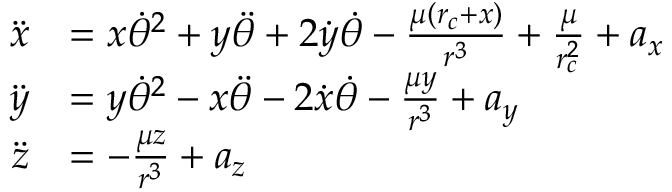
\begin{array} { r l } { \ddot { x } } & { = x \dot { \theta } ^ { 2 } + y \ddot { \theta } + 2 \dot { y } \dot { \theta } - \frac { \mu ( r _ { c } + x ) } { r ^ { 3 } } + \frac { \mu } { r _ { c } ^ { 2 } } + a _ { x } } \\ { \ddot { y } } & { = y \dot { \theta } ^ { 2 } - x \ddot { \theta } - 2 \dot { x } \dot { \theta } - \frac { \mu y } { r ^ { 3 } } + a _ { y } } \\ { \ddot { z } } & { = - \frac { \mu z } { r ^ { 3 } } + a _ { z } } \end{array}